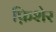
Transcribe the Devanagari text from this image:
फ़िशेर